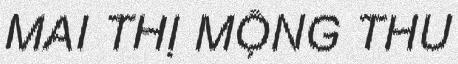
MAI THỊ MỘNG THU